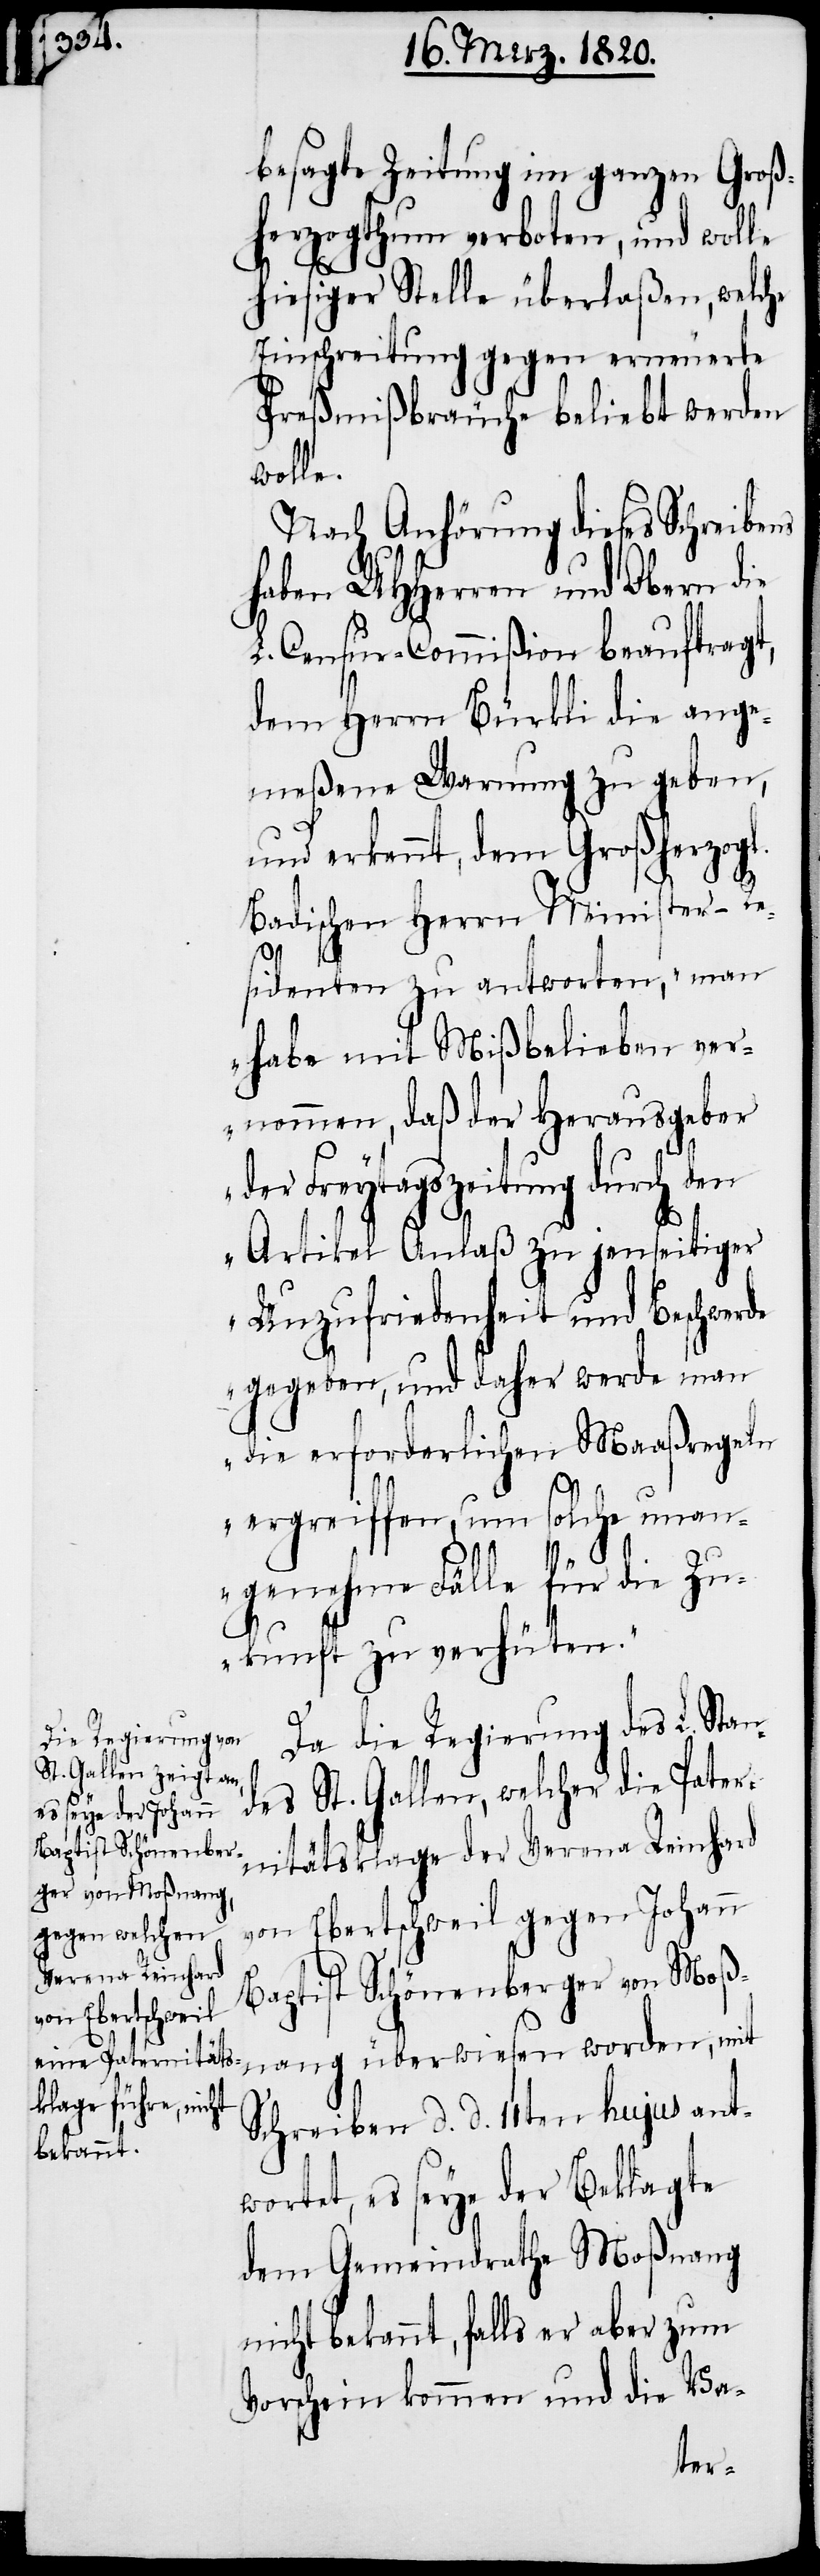
besagte Zeitung im ganzen Groß¬
herzogthum verboten, und wolle
hiesiger Stelle überlaßen, welche
Einschreitung gegen erneuerte
Preßmißbräuche beliebt werden
wolle.
Nach Anhörung dieses Schreibens
haben UHHerren und Obern die
L. Censur-Commißion beauftragt,
dem Herrn Bürkli die ange¬
meßene Warnung zu geben,
und erkennt, dem Großherzogl.
Badischen Herrn Minister-Re¬
sidenten zu antworten, „man
habe mit Mißbelieben ver¬
nommen, daß der Herausgeber
der Freytagszeitung durch den
Artikel Anlaß zu jenseitiger
Unzufriedenheit und Beschwerde
gegeben, und daher werde man
die erforderlichen Maaßregeln
ergreiffen, um solche unan¬
genehme Fälle für die Zu¬
kunft zu verhüten.“
Da die Regierung des L. Stan¬
des St. Gallen, welcher die Patern¬
itätsklage der Verena Reinhard
von Ebertschweil gegen Johann
Baptist Schönenberger von Moß¬
nang überwiesen worden, mit
Schreiben d. d. 11ten hujus ant¬
wortet, es seye der Beklagte
dem Gemeindrathe Moßnang
nicht bekannt, falls er aber zum
Vorschein kommen und die Va-